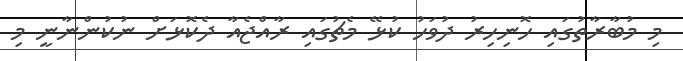
މި މުބާރާތުގައި ހޮނިހިރު ދުވަހު ކުޅޭ މެޗުގައި ރާއްޖެއާ ދެކޮޅަށް ނުކުންނާނީ މި